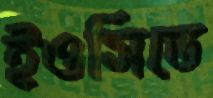
ইওসিতে